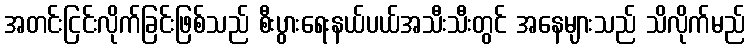
အတင်းငြင်းလိုက်ခြင်းဖြစ်သည် စီးပွားရေးနယ်ပယ်အသီးသီးတွင် အနေများသည် သိလိုက်မည်